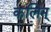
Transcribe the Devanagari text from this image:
कलिन्